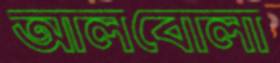
আলবোলা